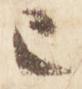
已